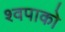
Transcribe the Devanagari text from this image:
श्वपाको